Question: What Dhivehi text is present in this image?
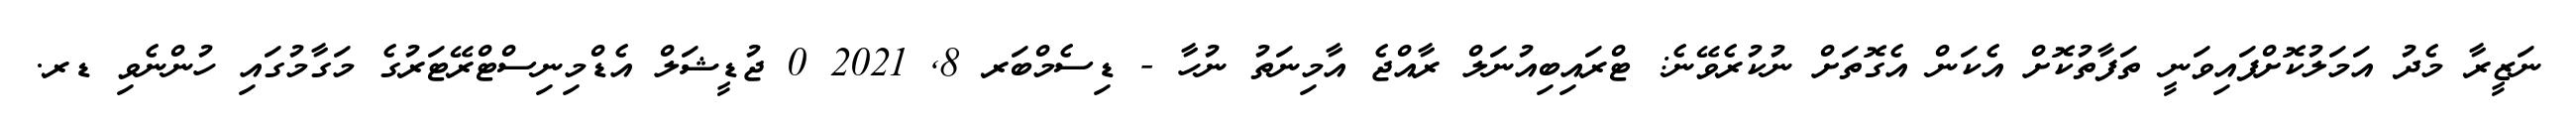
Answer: ނަޒީރާ މެދު އަމަލުކޮށްފައިވަނީ ތަފާތުކޮށް އެކަން އެގޮތަށް ނުކުރެވޭނެ: ޓްރައިބިއުނަލް ރާއްޖެ އާމިނަތު ނުހާ - ޑިސެމްބަރ 8, 2021 0 ޖުޑީޝަލް އެޑްމިނިސްޓްރޭޓަރުގެ މަގާމުގައި ހުންނެވި ޑރ.